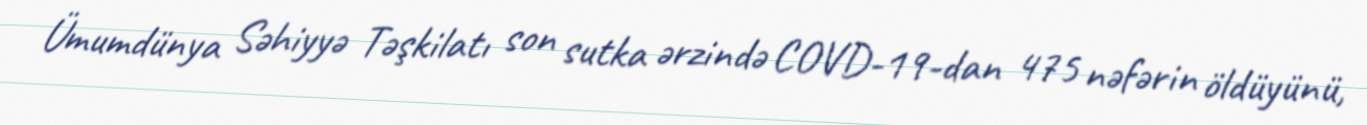
Ümumdünya Səhiyyə Təşkilatı son sutka ərzində COVD-19-dan 475 nəfərin öldüyünü,